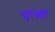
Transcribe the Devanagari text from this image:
३२५वॉ